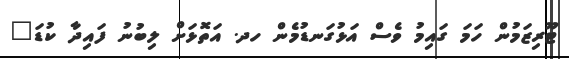
ޓޫރިޒަމުން ހަމަ ގައިމު ވެސް އަޅުގަނޑުމެން ހދ. އަތޮޅަށް ލިބުނު ފައިދާ ކުޑަ"